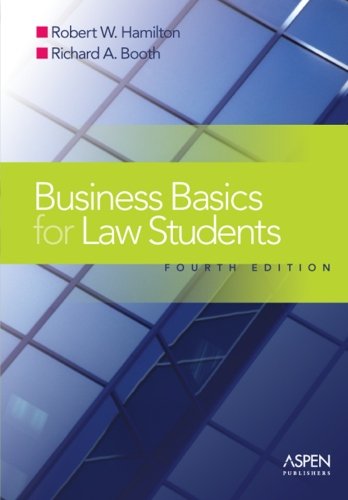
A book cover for Business Basics for Law Students: Essential Concepts and Applications (Essentials); Robert W. Hamilton; Law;